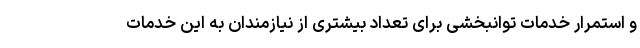
و استمرار خدمات توانبخشی برای تعداد بیشتری از نیازمندان به این خدمات